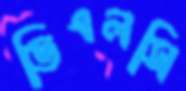
ডিএলসি